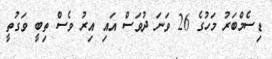
ޑިސެމްބަރު މަހުގެ 26 ވަނަ ދުވަސް އައި އިރު ވެސް ތިބީ ވަގުތީ